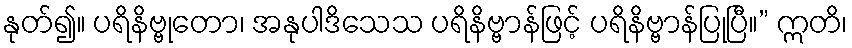
နုတ်၍။ ပရိနိဗ္ဗုတော၊ အနုပါဒိသေသ ပရိနိဗ္ဗာန်ဖြင့် ပရိနိဗ္ဗာန်ပြုပြီ။” ဣတိ၊